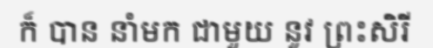
ក៏ បាន នាំមក ជាមួយ នូវ ព្រះសិរី